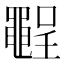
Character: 𪓪